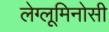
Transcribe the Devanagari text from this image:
लेग्लूमिनोसी